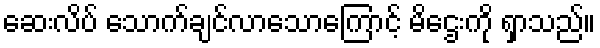
ဆေးလိပ် သောက်ချင်လာသောကြောင့် မိဌေးကို ရှာသည်။